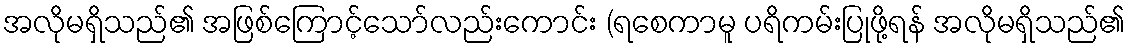
အလိုမရှိသည်၏ အဖြစ်ကြောင့်သော်လည်းကောင်း (ရစေကာမူ ပရိကမ်းပြုဖို့ရန် အလိုမရှိသည်၏